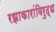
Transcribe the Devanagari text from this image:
रझाकारांविरुद्ध